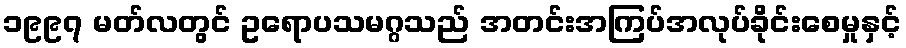
၁၉၉၇ မတ်လတွင် ဥရောပသမဂ္ဂသည် အတင်းအကြပ်အလုပ်ခိုင်းစေမှုနှင့်